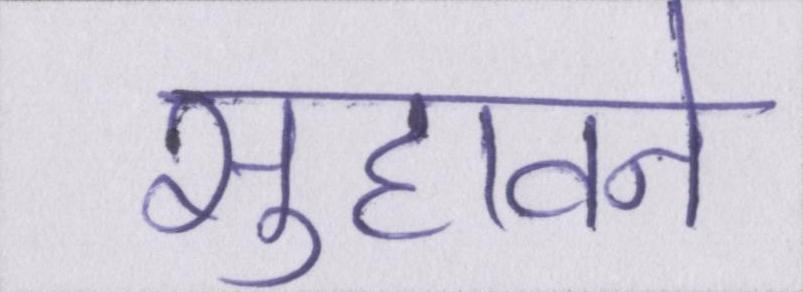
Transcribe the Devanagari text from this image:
सुहावने